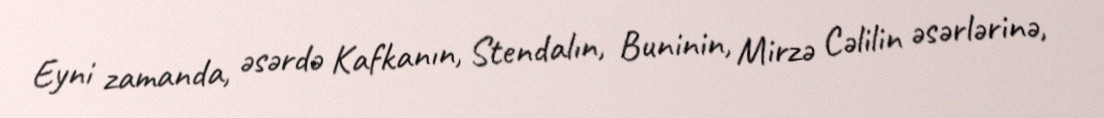
Eyni zamanda, əsərdə Kafkanın, Stendalın, Buninin, Mirzə Cəlilin əsərlərinə,